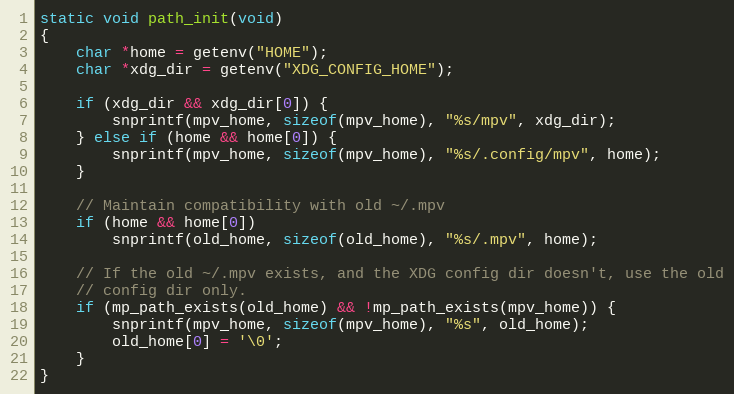
Language: C
static void path_init(void)
{
    char *home = getenv("HOME");
    char *xdg_dir = getenv("XDG_CONFIG_HOME");

    if (xdg_dir && xdg_dir[0]) {
        snprintf(mpv_home, sizeof(mpv_home), "%s/mpv", xdg_dir);
    } else if (home && home[0]) {
        snprintf(mpv_home, sizeof(mpv_home), "%s/.config/mpv", home);
    }

    // Maintain compatibility with old ~/.mpv
    if (home && home[0])
        snprintf(old_home, sizeof(old_home), "%s/.mpv", home);

    // If the old ~/.mpv exists, and the XDG config dir doesn't, use the old
    // config dir only.
    if (mp_path_exists(old_home) && !mp_path_exists(mpv_home)) {
        snprintf(mpv_home, sizeof(mpv_home), "%s", old_home);
        old_home[0] = '\0';
    }
}